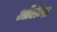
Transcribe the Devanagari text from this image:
ऑर्लेन्स